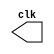
// Clock Module

module clk_out(output reg clk);
	initial begin
		clk = 0;
	end

	always
	begin
		#5 clk = ~clk;
	end
endmodule